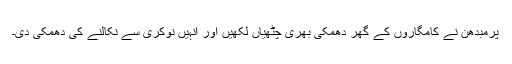
پرمبدھن نے کامگاروں کے گھر دھمکی بھری چٹھیاں لکھیں اور انہیں نوکری سے نکالنے کی دھمکی دی۔